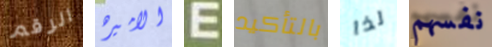
الرقم الاميره E بالتأكيد لذا نفسهم